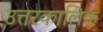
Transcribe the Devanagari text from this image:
उत्तरकालिक